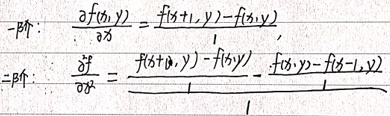
一阶：
\[
\frac{\partial f(x,y)}{\partial x}=f(x + 1,y)-f(x,y)
\]
二阶：
\[
\frac{\partial^{2}f}{\partial x^{2}}=\frac{f(x + 1,y)-f(x,y)}{1}-\frac{f(x,y)-f(x - 1,y)}{1}
\]